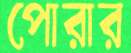
পোরার